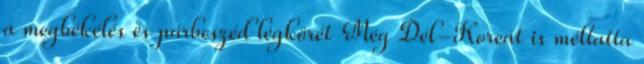
a megbékélés és párbeszéd légkörét Még Dél-Koreát is méltatta